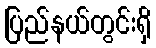
ပြည်နယ်တွင်းရှိ